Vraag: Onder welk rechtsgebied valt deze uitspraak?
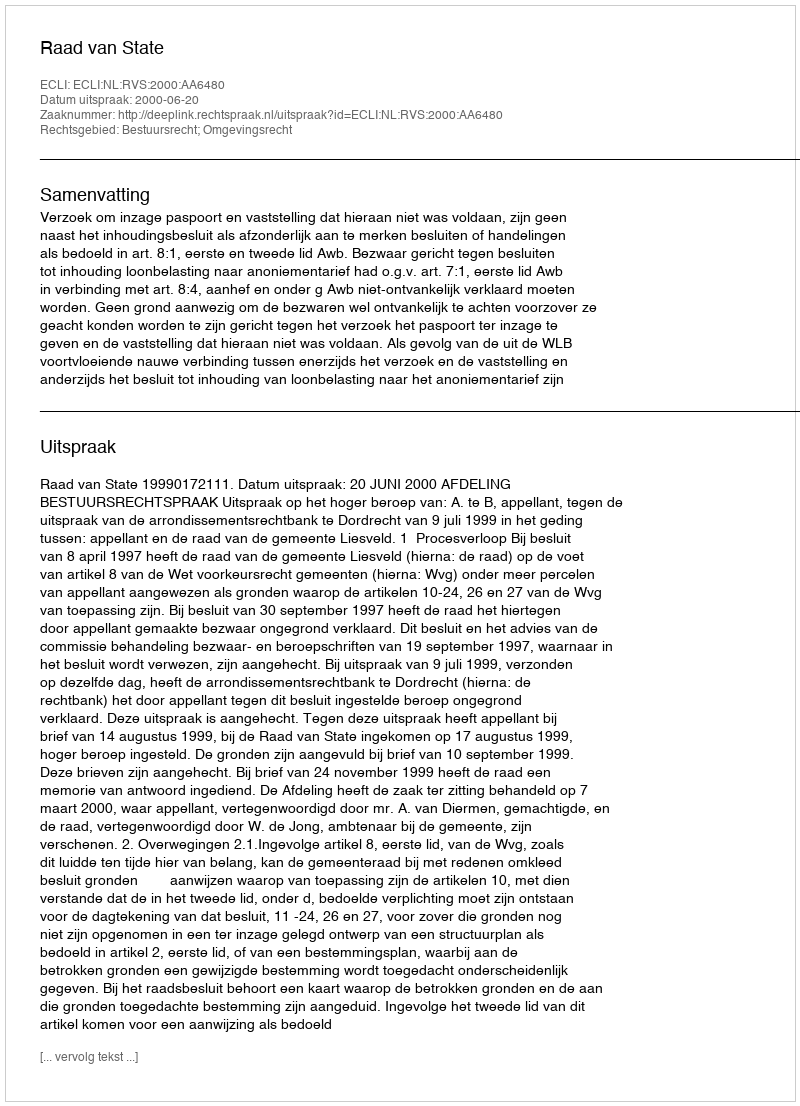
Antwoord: Bestuursrecht; Omgevingsrecht